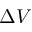
\Delta V